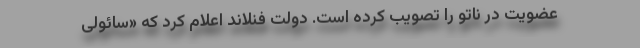
عضویت در ناتو را تصویب کرده است. دولت فنلاند اعلام کرد که «سائولی